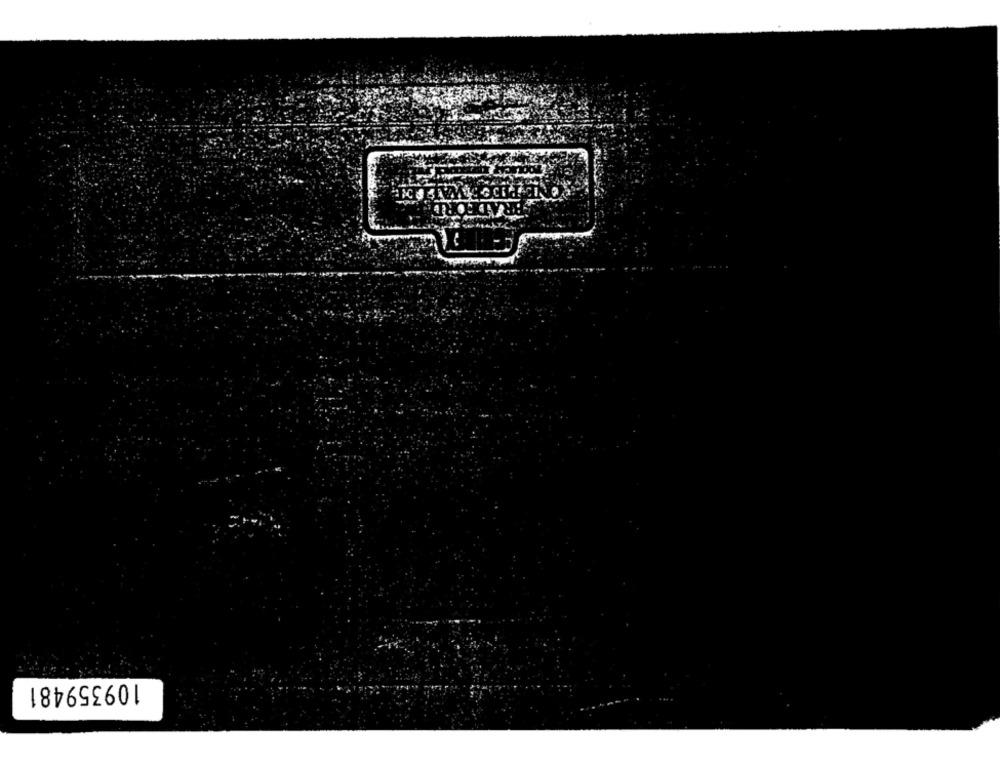
109359481